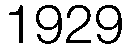
1929